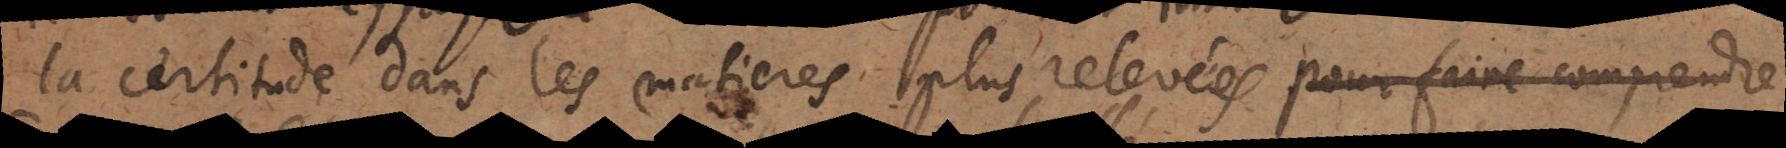
la certitude dans les matières plus relevées pour faire comprendre